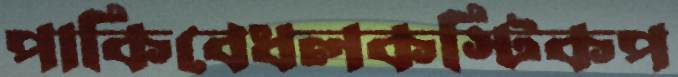
পাকিবেধলকস্টিকপ